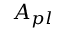
A _ { p l }